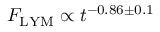
F _ { \mathrm { L Y M } } \propto t ^ { - 0 . 8 6 \pm 0 . 1 }